NAE_EAA_P-553_Koit_kolhoos, lk 6
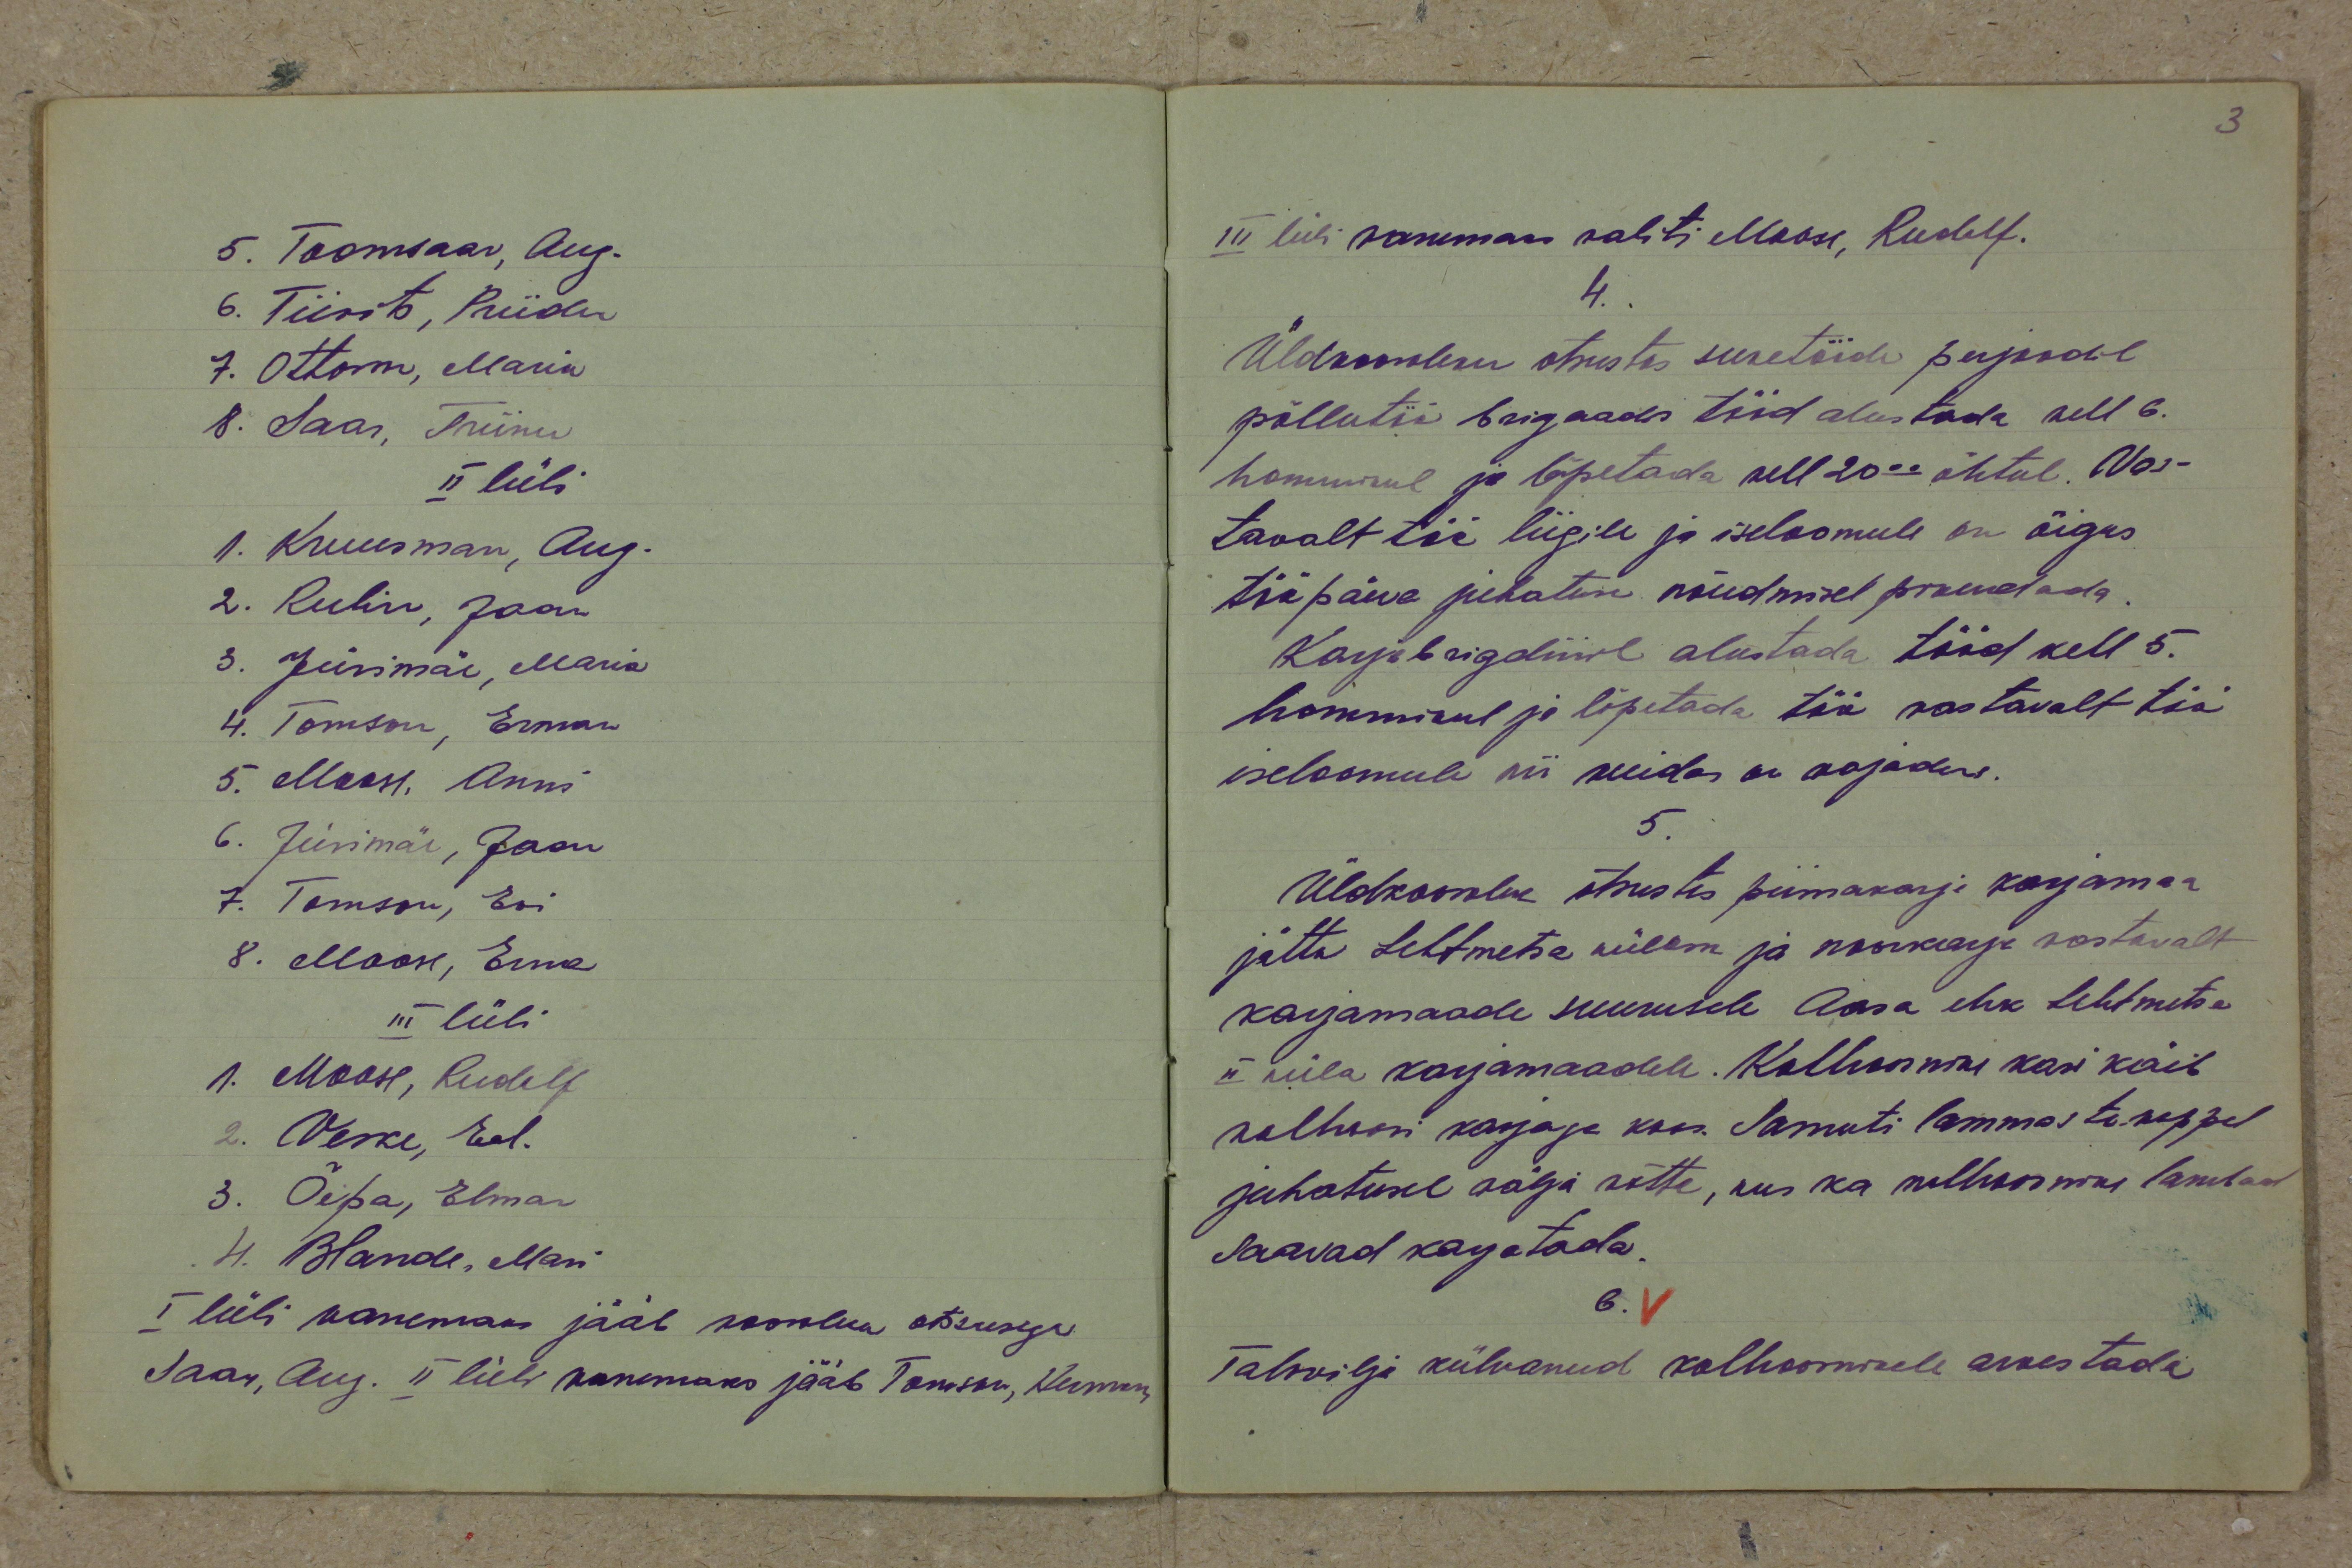
5. Toomsaar, Aug.
6. Tiivits, Priidu
7. Ottoson, Maria
8. Saar, Triinu
II lüli
1. Kruusman, Aug.
2. Rubin, Jaan
3. Jürimäe, Maria
4. Tomson, Erman
5. Moose, Anni
6. Jürimäe, Jaan
7. Tomson, Evi
8. Moose, Erma
III lüli
1. Moose, Rudolf
2. Veske, Eel.
3. Õepa, Elmar
41. Blande, Mari
I lüli vanemaks jääb koosoleku otsusega
Saar, Aug. II lüli vanemaks jääb Tomson, Herman

III lüli vanemaks valiti Moose, Rudolf.
4.
Üldkoosoleku otsustas suvetööde perjoodil
põllutöö brigaadis töid alustada kell 6.
hommikul ja lõpetada kell 20.00 õhtul. Vas-
tavalt töö liigile ja iseloomule on õigus
tööpäeva juhatuse nõudmisel pikendada.
Karjabrigadiiril alustada tööd kell 5.
hommikul ja lõpetada töö vastavalt töö
iseloomule nii kuidas on vajadus.
5.
Üldkoosolek otsustas piimakarja karjamaa
jätta Lehtmetsa külasse ja noorkarja vastavalt
karjamaade suurusele Aasa ehk Lehtmetsa
II küla karjamaadele. Kolhoosnike kari käib
kolhoosi karjaga koos. Samuti lammastekoppel
juhatusel välja võtta, kus ka kolhoosnike lambad
saavad karjatada.
6.
Talivilja külvanud kolhoosnikele arvestada